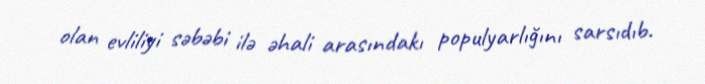
olan evliliyi səbəbi ilə əhali arasındakı populyarlığını sarsıdıb.